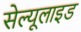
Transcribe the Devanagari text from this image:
सेल्यूलाइड